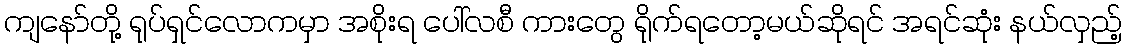
ကျနော်တို့ ရုပ်ရှင်လောကမှာ အစိုးရ ပေါ်လစီ ကားတွေ ရိုက်ရတော့မယ်ဆိုရင် အရင်ဆုံး နယ်လှည့်